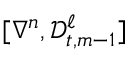
[ \nabla ^ { n } , \mathscr { D } _ { t , m - 1 } ^ { \ell } ]